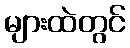
များထဲတွင်